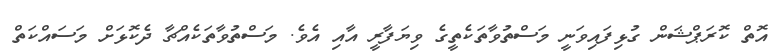
އޮތް ކޮރަޕްޝަން ގުޅިފައިވަނީ މަސްތުވާތަކެތީގެ ވިޔަފާރީ އާއި އެވެ. މަސްތުވާތަކެއްޗާ ދެކޮޅަށް މަސައްކަތް